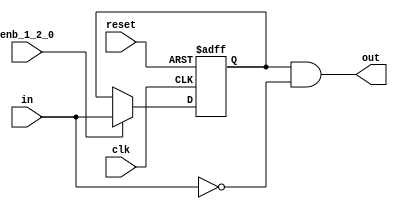
// -------------------------------------------------------------
// 
// 
// Generated by MATLAB 9.13 and HDL Coder 4.0
// 
// -------------------------------------------------------------


// -------------------------------------------------------------
// 
// Module: whdlOFDMTx_Falling_Edge_Detector
// Source Path: whdlOFDMTx/Frame Controller and Input Sampler/Frame Controller/Generate OFDM Modulator Ready/Control 
// OFDM Signal Generation/Falling Edge Detecto
// Hierarchy Level: 6
// 
// -------------------------------------------------------------

`timescale 1 ns / 1 ns

module whdlOFDMTx_Falling_Edge_Detector
          (clk,
           reset,
           enb_1_2_0,
           in,
           out);


  input   clk;
  input   reset;
  input   enb_1_2_0;
  input   in;
  output  out;


  reg  Delay3_out1;
  wire Logical_Operator2_out1;
  wire Logical_Operator1_out1;


  always @(posedge clk or posedge reset)
    begin : Delay3_process
      if (reset == 1'b1) begin
        Delay3_out1 <= 1'b0;
      end
      else begin
        if (enb_1_2_0) begin
          Delay3_out1 <= in;
        end
      end
    end



  assign Logical_Operator2_out1 =  ~ in;



  assign Logical_Operator1_out1 = Delay3_out1 & Logical_Operator2_out1;



  assign out = Logical_Operator1_out1;

endmodule  // whdlOFDMTx_Falling_Edge_Detector